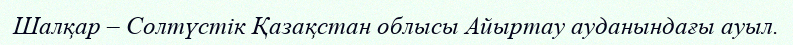
Шалқар – Солтүстік Қазақстан облысы Айыртау ауданындағы ауыл.